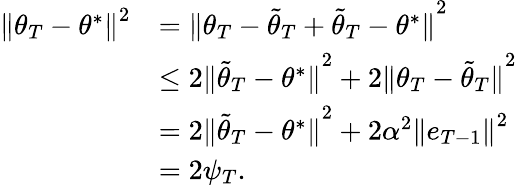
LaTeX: \begin{array}{rl}{{\Vert{\theta}_{T}-\theta^{*}\Vert}^{2}}&{={\Vert{\theta}_{T}-\tilde{\theta}_{T}+\tilde{\theta}_{T}-\theta^{*}\Vert}^{2}}\\ &{\leq 2{\Vert\tilde{\theta}_{T}-\theta^{*}\Vert}^{2}+2{\Vert{\theta}_{T}-\tilde{\theta}_{T}\Vert}^{2}}\\ &{=2{\Vert\tilde{\theta}_{T}-\theta^{*}\Vert}^{2}+2{\alpha}^{2}{\Vert e_{T-1}\Vert}^{2}}\\ &{=2\psi_{T}.}\end{array}